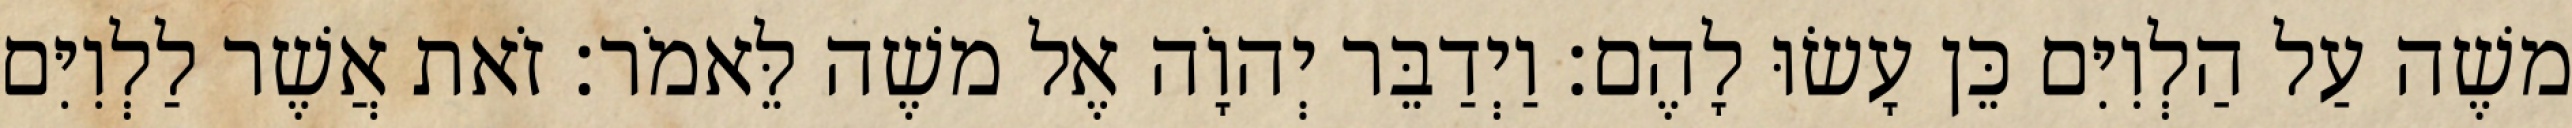
משֶׁה עַל הַלְוִיִּם כֵּן עָשׂוּ לָהֶם׃ וַיְדַבֵּר יְהוָֹה אֶל משֶׁה לֵּאמֹר׃ זֹאת אֲשֶׁר לַלְוִיִּם